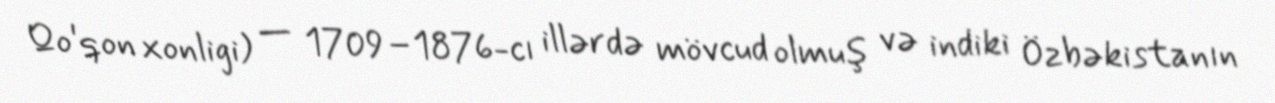
Qo'qon xonligi) — 1709–1876-cı illərdə mövcud olmuş və indiki Özbəkistanın